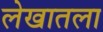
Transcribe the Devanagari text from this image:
लेखातला